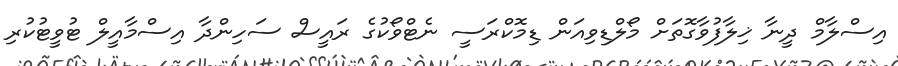
އިސްލާމް ދީނާ ޚިލާފުވާގޮތަށް މޯލްޑިވިއަން ޑިމޮކްރަސީ ނެޓްވޯކުގެ ރައީސް ސަހިންދާ އިސްމާއީލް ޓުވީޓުކުރި